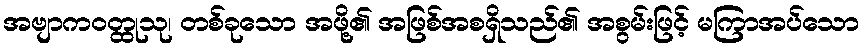
အဗျာကဝတ္ထုသု၊ တစ်ခုသော အဖို့၏ အဖြစ်အစရှိသည်၏ အစွမ်းဖြင့် မကြာအပ်သော